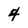
Character: 4